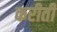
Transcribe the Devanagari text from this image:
करीती